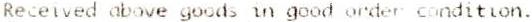
RECEIVED ABOVE GOODS IN GOOD ORDER CONDITION.